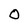
Character: O